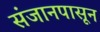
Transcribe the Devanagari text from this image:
संजानपासून